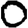
Digit: 0